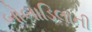
બોબાડિલાની